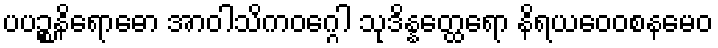
ပပဉ္စနိရောဓော အာဝါသိကဝဂ္ဂေါ သုဒိန္နတ္ထေရော နိရယဝေဝစနမေဝ